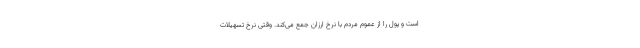
است و پول را از عموم مردم با نرخ ارزان جمع می‌کند. وقتی نرخ تسهیلات